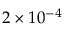
2 \times 1 0 ^ { - 4 }